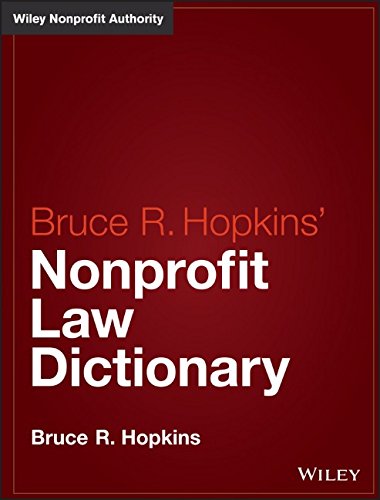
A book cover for Hopkins' Nonprofit Law Dictionary (Wiley Nonprofit Law, Finance and Management Series); Bruce R. Hopkins; Law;